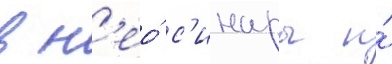
в н'ео́ с'инары и́